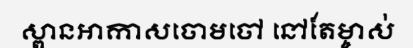
ស្ពានអាកាសចោមចៅ នៅតែម្ចាស់